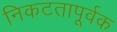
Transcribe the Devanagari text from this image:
निकटतापूर्वक